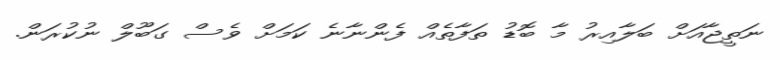
ނަތީޖާއަށް ބަލާއިރު މާ ބޮޑު ތަފާތެއް ފެންނާނެ ކަމަށް ވެސް ގަބޫލް ނުކުރަން.